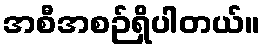
အစီအစဉ်ရှိပါတယ်။